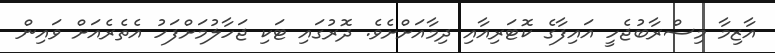
އާޒިމާ މިސްރާބުޖެހީ އައިފާގެ ކޮޓަރިއާއި ދިމާއަށްށެވެ. ދޮރުގައި ޓަކި ޖަހާލުމަށްފަހު އެތެރެއަށް ވައިން